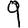
Digit: 9